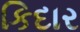
કિદાર